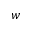
w